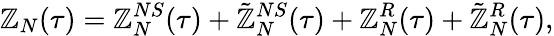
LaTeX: \mathbb{Z}_{N}(\tau)=\mathbb{Z}_{N}^{NS}(\tau)+\tilde{{\mathbb{Z}}}_{N}^{NS}(\tau)+\mathbb{Z}_{N}^{R}(\tau)+\tilde{{\mathbb{Z}}}_{N}^{R}(\tau),